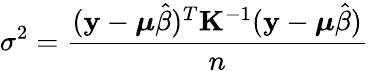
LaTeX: \sigma^{2}=\frac{(\mathbf{y}-\boldsymbol{\mu}\hat{\beta})^{T}\mathbf{K}^{-1}(\mathbf{y}-\boldsymbol{\mu}\hat{\beta})}{n}